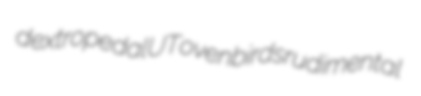
dextropedal UT ovenbirds rudimental